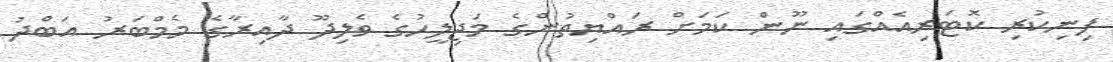
ފިނިކުރި ކޮޓަރިއެއްގައި ނޫން ކަމަށް ރައްޔިތުންގެ މަޖިލީހުގެ ވެލިދޫ ދާއިރާގެ މެމްބަރު އަބްދު